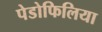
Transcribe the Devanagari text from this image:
पेडोफिलिया